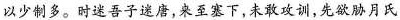
以少制多。时迷吾子迷唐，来至塞下，未敢攻训，先欲胁月氏